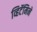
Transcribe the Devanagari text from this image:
व्हिटॅमिने